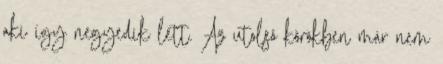
aki így negyedik lett. Az utolsó körökben már nem